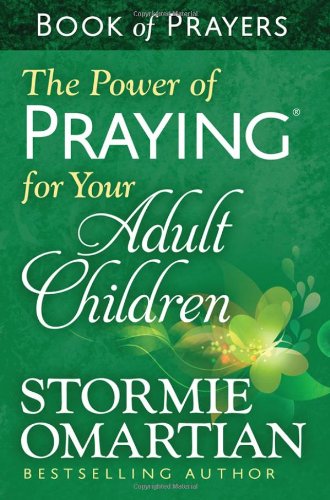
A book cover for The Power of Praying for Your Adult Children Book of Prayers; Stormie Omartian; Christian Books & Bibles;